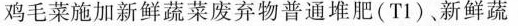
鸡毛菜施加新鲜蔬菜废弃物普通堆肥(T1)，新鲜蔬